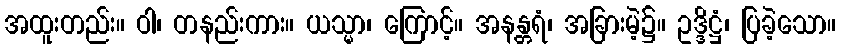
အထူးတည်း။ ဝါ၊ တနည်းကား။ ယသ္မာ၊ ကြောင့်။ အနန္တရံ၊ အခြားမဲ့၌။ ဥဒ္ဒိဋ္ဌံ၊ ပြခဲ့သော။